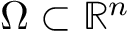
\Omega \subset \mathbb { R } ^ { n }